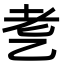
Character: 㐗